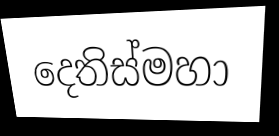
දෙතිස්මහා